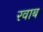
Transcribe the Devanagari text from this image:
रवाब